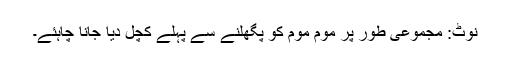
نوٹ: مجموعی طور پر موم موم کو پگھلنے سے پہلے کچل دیا جانا چاہئے۔